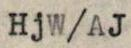
HjW/AJ